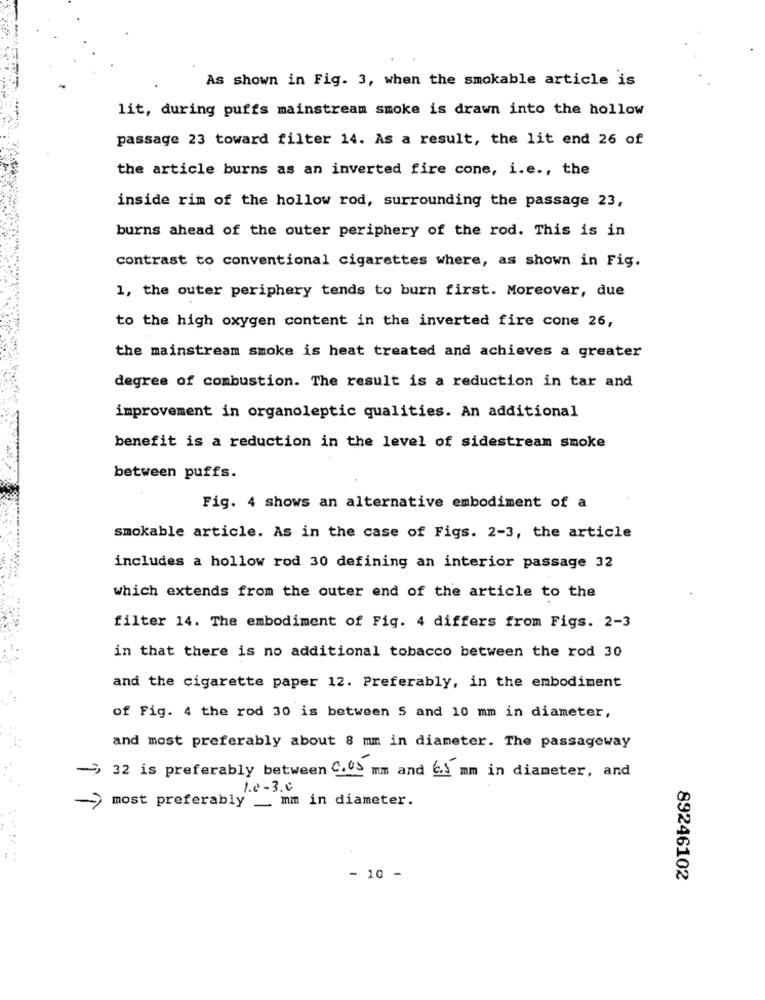
As shown in Fig. 3, when the smokable article is
lit, during puffs mainstream smoke is drawn into the hollow
passage 23 toward filter 14. As a result, the lit end 26 of
the article burns as an inverted fire cone, i.e ., the
inside rim of the hollow rod, surrounding the passage 23,
burns ahead of the outer periphery of the rod. This is in
contrast to conventional cigarettes where, as shown in Fig.
1, the outer periphery tends to burn first. Moreover, due
to the high oxygen content in the inverted fire cone 26,
the mainstream smoke is heat treated and achieves a greater
degree of combustion. The result is a reduction in tar and
improvement in organoleptic qualities. An additional
benefit is a reduction in the level of sidestream smoke
between puffs.
Fig. 4 shows an alternative embodiment of a
smokable article. As in the case of Figs. 2-3, the article
includes a hollow rod 30 defining an interior passage 32
which extends from the outer end of the article to the
filter 14. The embodiment of Fig. 4 differs from Figs. 2-3
in that there is no additional tobacco between the rod 30
and the cigarette paper 12. Preferably, in the embodiment
of Fig. 4 the rod 30 is between 5 and 10 mm in diameter,
and most preferably about 8 mm in diameter. The passageway
-> 32 is preferably between 0.05 mm and 6.5 mm in diameter, and
1.0-3.0
-> most preferably _ mm in diameter.
.. ..
- 10 -
89246102